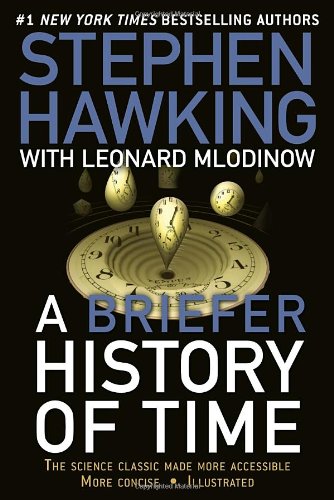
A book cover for A Briefer History of Time; Stephen Hawking; Science & Math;